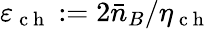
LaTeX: \varepsilon_{\mathrm{~c~h~}}:=2\bar{n}_{B}/\eta_{\mathrm{~c~h~}}